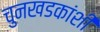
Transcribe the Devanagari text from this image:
चुनखडकांशी